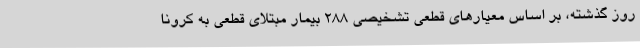
روز گذشته، بر اساس معیارهای قطعی تشخیصی ۲۸۸ بیمار مبتلای قطعی به کرونا